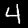
Digit: 4